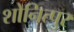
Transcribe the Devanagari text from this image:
शोनित्पुर